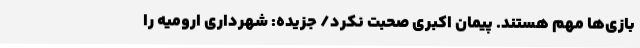
بازی‌ها مهم هستند. پیمان اکبری صحبت نکرد/ جزیده: شهرداری ارومیه را